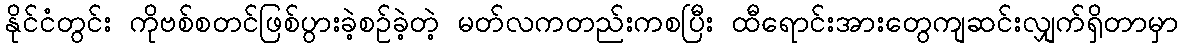
နိုင်ငံတွင်း ကိုဗစ်စတင်ဖြစ်ပွားခဲ့စဉ်ခဲ့တဲ့ မတ်လကတည်းကစပြီး ထီရောင်းအားတွေကျဆင်းလျှက်ရှိတာမှာ